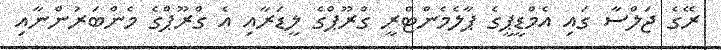
ރޭގެ ޖަލްސާ ގައި އެމްޑީޕީގެ ޕާލެމެންޓްރީ ގްރޫޕްގެ ލީޑަރާއި އެ ގްރޫޕްގެ މެންބަރުންނާއި